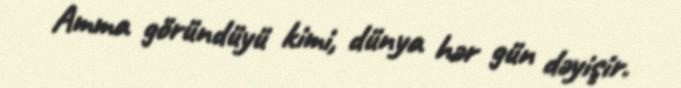
Amma göründüyü kimi, dünya hər gün dəyişir.